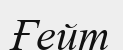
Ғейт